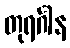
တုရင်္ဂါန